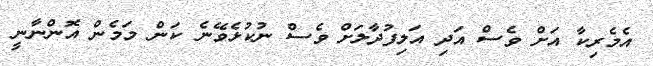
އެމެރިކާ އަށް ވެސް އަދި އަލިފުދާލަށް ވެސް ނުކުޅެވޭނެ ކަން މަމެން އޮންނާނީ